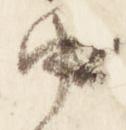
中